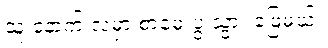
သူ နောက် လမှာ စာမေးပွဲ သွား ဖြေမယ်။